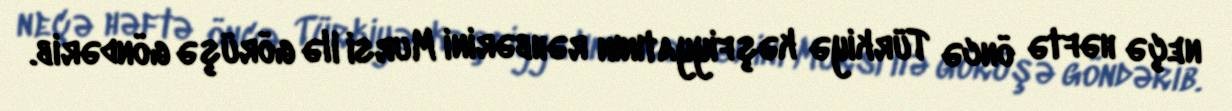
neçə həftə öncə Türkiyə kəşfiyyatının rəhbərini Mursi ilə görüşə göndərib.